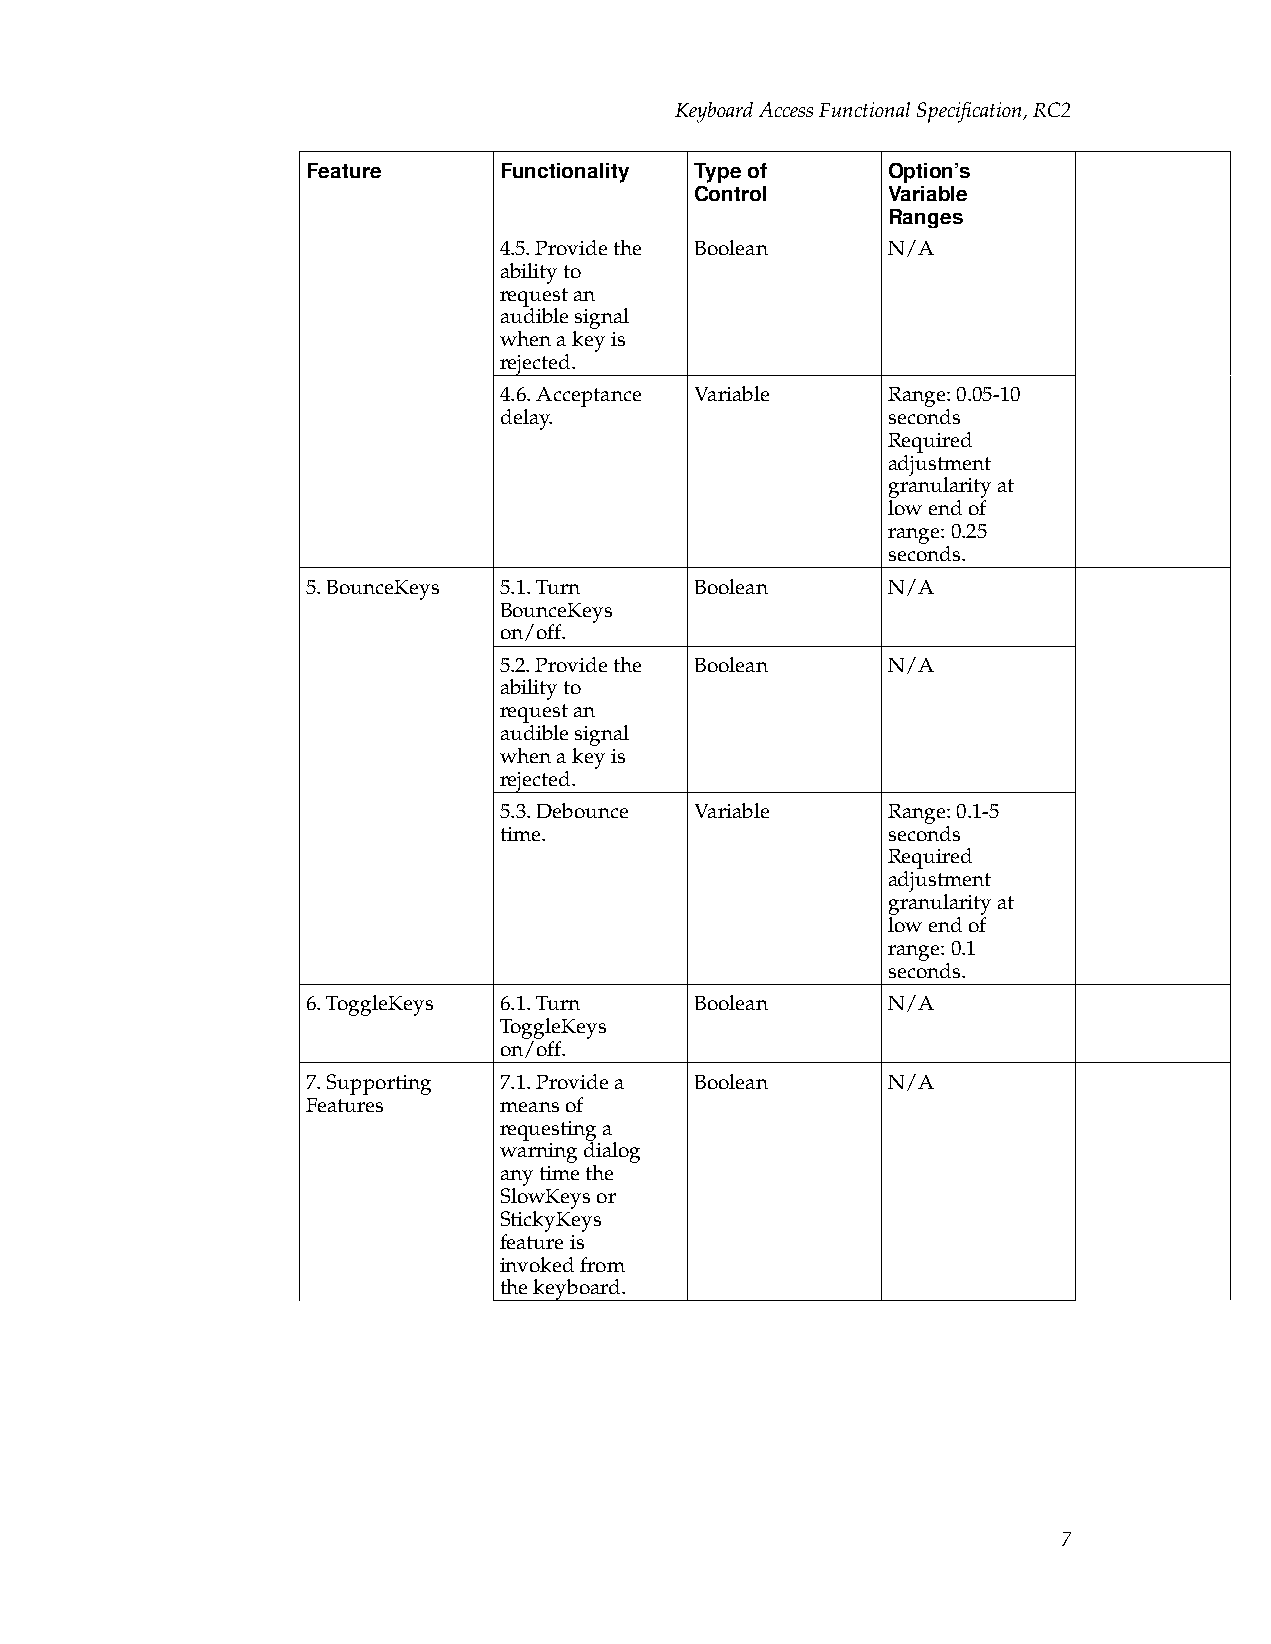
KeyboardAccessFunctionalSpecification,RC2
 Feature      Functionality Typeof      Option’s
 Control      Variable
 Ranges
 4.5.Providethe Boolean    N/A
 abilityto
 requestan
 audiblesignal
 whenakeyis
 rejected.
 4.6.Acceptance Variable   Range:0.05-10
 delay.                    seconds
 Required
 adjustment
 granularityat
 lowendof
 range:0.25
 seconds.
 5.BounceKeys 5.1.Turn     Boolean      N/A
 BounceKeys
 on/off.
 5.2.Providethe Boolean    N/A
 abilityto
 requestan
 audiblesignal
 whenakeyis
 rejected.
 5.3.Debounce Variable     Range:0.1-5
 time.                     seconds
 Required
 adjustment
 granularityat
 lowendof
 range:0.1
 seconds.
 6.ToggleKeys 6.1.Turn     Boolean      N/A
 ToggleKeys
 on/off.
 7.Supporting 7.1.Providea Boolean      N/A
 Features     meansof
 requestinga
 warningdialog
 anytimethe
 SlowKeysor
 StickyKeys
 featureis
 invokedfrom
 thekeyboard.
 7